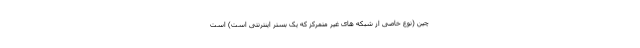
چین (نوع خاصی از شبکه های غیر متمرکز که یک بستر اینترنتی است) است